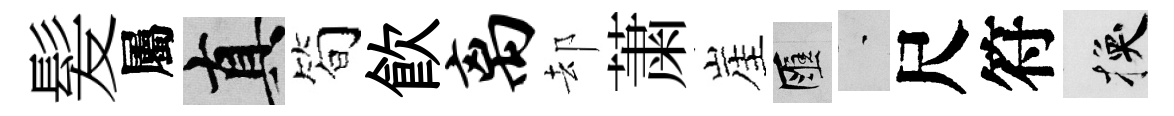
髪屬真简飮离却䔥崖匯蒙尺符换